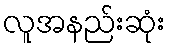
လူအနည်းဆုံး